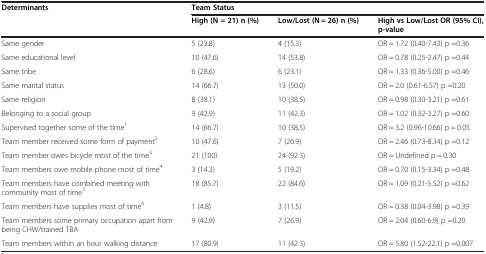
| Determinants | <COLSPAN=3> Team Status |
 |  | High (N = 21) n (%) | Low/Lost (N = 26) n (%) | High vs Low/Lost OR (95% CI), p-value |
 | --- | --- | --- | --- |
 | Same gender | 5 (23.8) | 4 (15.3) | OR = 1.72 (0.40-7.43) p =0.36 |
 | Same educational level | 10 (47.6) | 14 (53.8) | OR = 0.78 (0.25-2.47) p =0.44 |
 | Same tribe | 6 (28.6) | 6 (23.1) | OR = 1.33 (0.36-5.00) p =0.46 |
 | Same marital status | 14 (66.7) | 13 (50.0) | OR = 2.0 (0.61-6.57) p =0.20 |
 | Same religion | 8 (38.1) | 10 (38.5) | OR = 0.98 (0.30-3.21) p =0.61 |
 | Belonging to a social group | 9 (42.9) | 11 (42.3) | OR = 1.02 (0.32-3.27) p =0.60 |
 | Supervised together some of the time1 | 14 (66.7) | 10 (38.5) | OR = 3.2 (0.96-10.66) p = 0.05 |
 | Team member received some form of payment2 | 10 (47.6) | 7 (26.9) | OR = 2.46 (0.73-8.34) p =0.12 |
 | Team member owes bicycle most of the time3 | 21 (100) | 24 (92.3) | OR = Undefined p = 0.30 |
 | Team members owe mobile phone most of time4 | 3 (14.3) | 5 (19.2) | OR = 0.70 (0.15-3.34) p =0.48 |
 | Team members have combined meeting with community most of time5 | 18 (85.7) | 22 (84.6) | OR = 1.09 (0.21-5.52) p =0.62 |
 | Team members have supplies most of time6 | 1 (4.8) | 3 (11.5) | OR = 0.38 (0.04-3.98) p =0.39 |
 | Team members some primary occupation apart from being CHW/trained TBA | 9 (42.9) | 7 (26.9) | OR = 2.04 (0.60-6.9) p =0.20 |
 | Team members within an hour walking distance | 17 (80.9) | 11 (42.3) | OR = 5.80 (1.52-22.1) p =0.007 |